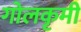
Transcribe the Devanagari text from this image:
गोलकृमी